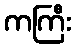
ကကြီး